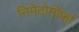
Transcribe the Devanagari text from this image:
निमेटोमोर्फा